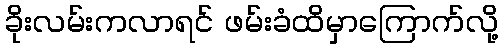
ခိုးလမ်းကလာရင် ဖမ်းခံထိမှာကြောက်လို့